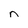
Character: n